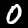
Digit: 0